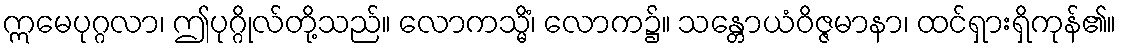
ဣမေပုဂ္ဂလာ၊ ဤပုဂ္ဂိုလ်တို့သည်။ လောကသ္မိံ၊ လောက၌။ သန္တောယံဝိဇ္ဇမာနာ၊ ထင်ရှားရှိကုန်၏။